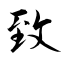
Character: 致